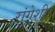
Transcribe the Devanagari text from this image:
रांगेशी